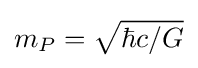
m_{P}={\sqrt {\hbar c/G}}